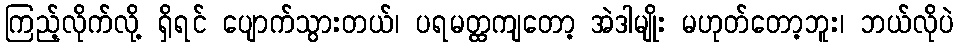
ကြည့်လိုက်လို့ ရှိရင် ပျောက်သွားတယ်၊ ပရမတ္ထကျတော့ အဲဒါမျိုး မဟုတ်တော့ဘူး၊ ဘယ်လိုပဲ